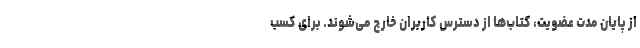
از پایان مدت عضویت، کتاب‌ها از دسترس کاربران خارج می‌شوند. برای کسب